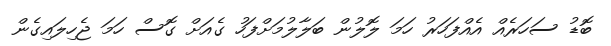
ބޮޑު ސަހަރެއް އެއްފަހަރު ހަމަ ލޮލުން ބަލާލުމަށްފަހު ގެއަށް ގޮސް ހަމަ ޖެހިލައިގެން